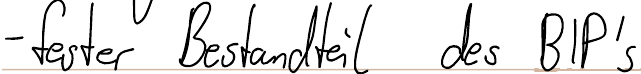
- fester Bestandteil des BIP´s